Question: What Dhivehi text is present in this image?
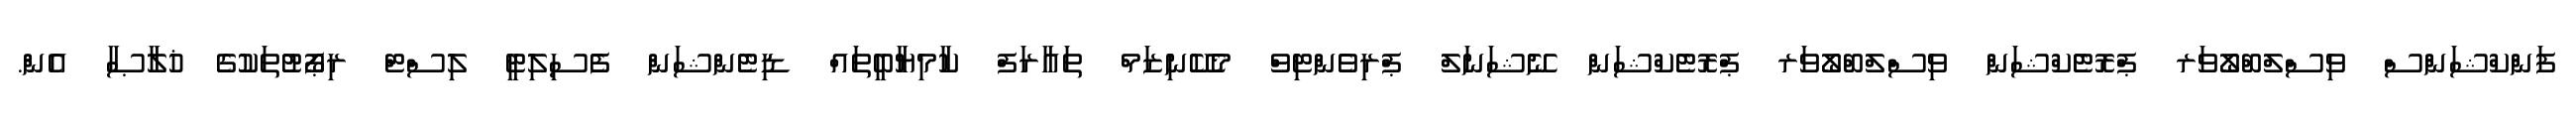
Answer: ފަންކްޝަންސް ވިސްލްބްލޯވަރ ޕްރޮޓެކްޝަން ވިސްލްބްލޯވަރ ޕްރޮޓެކްޝަން ނޭޝަނަލް ޕްރިވެންޓިވް މެކޭނިޒަމް ތައާރަފް ކާމިޔާބީތައް ޑިޓެންޝަން ފެސިލިޓީ ލިސްޓް ރިޕޯޓުތަކުގެ ޚުލާޞާ އެން.